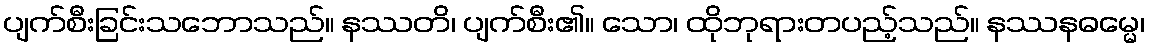
ပျက်စီးခြင်းသဘောသည်။ နဿတိ၊ ပျက်စီး၏။ သော၊ ထိုဘုရားတပည့်သည်။ နဿနဓမ္မေ၊